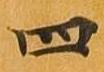
四